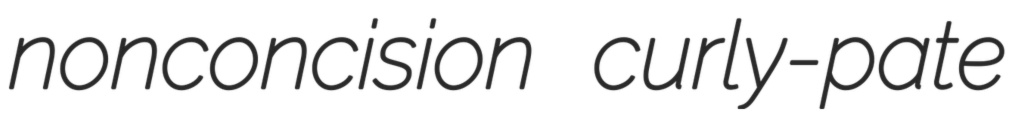
nonconcision curly-pate